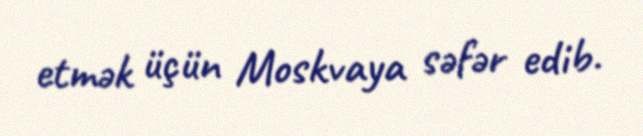
etmək üçün Moskvaya səfər edib.